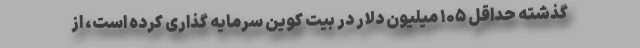
گذشته حداقل ۱۰۵ میلیون دلار در بیت کوین سرمایه گذاری کرده است، از